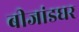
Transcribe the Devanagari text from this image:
बीजांडघर